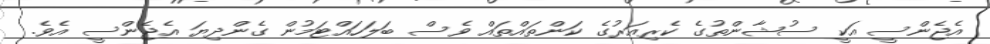
އެޖެންސީ އަކީ ސުޝާންތުގެ ކެރިއަރުގެ ކަންތައްތައް ވެސް ބަލަހައްޓަމުން ގެންދިޔަ އެޖެންސީ އެވެ.